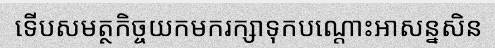
ទើបសមត្ថកិច្ចយកមករក្សាទុកបណ្តោះអាសន្នសិន